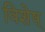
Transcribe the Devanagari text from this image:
विशेष्